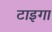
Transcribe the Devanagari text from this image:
टाइगा